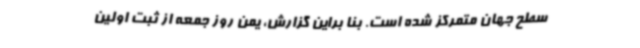
سطح جهان متمرکز شده است. بنا براین گزارش، یمن روز جمعه از ثبت اولین